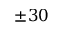
\pm 3 0